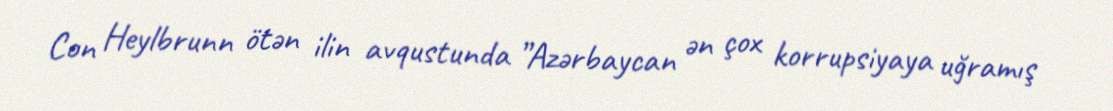
Con Heylbrunn ötən ilin avqustunda ”Azərbaycan ən çox korrupsiyaya uğramış